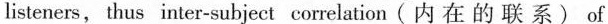
listeners,thus inter-subject correlation(内在的联系) of